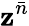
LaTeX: \mathbf{z}^{\bar{{n}}}